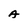
Character: A